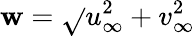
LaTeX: \mathbf{w}=\sqrt{}{{u_{\infty}^{2}+v_{\infty}^{2}}}